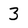
Character: 3